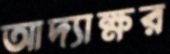
আদ্যাক্ষর